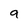
Character: g